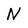
Character: N